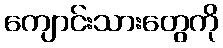
ကျောင်းသားတွေကို